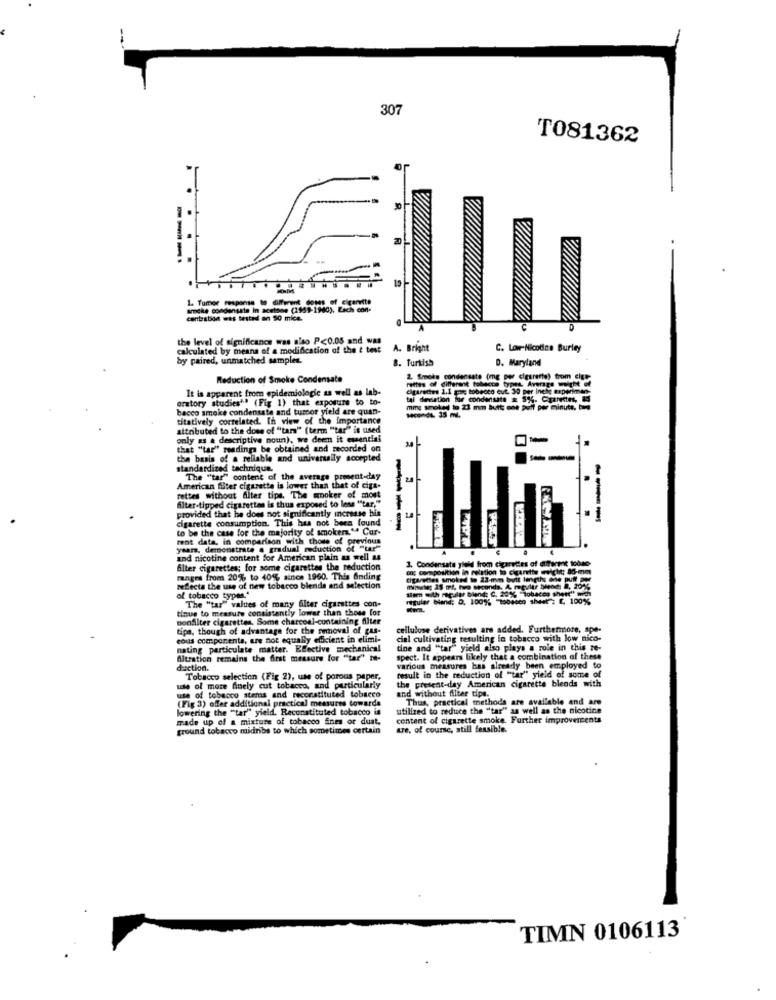
307
T081362
. . . .
---
.
1. Tumor response to different doses of cigarette
arche condensate In acetone (1959-1940). Each con-
centration was tested on 50 mice.
the level of significance was also P<0.05 and was
calculated by means of a modification of the & test A. Bright
A. Bright
C. Low-Nicodice Burley
by paired, unmatched samples.
8. Turkish
D. Maryland
Reduction of Smoke Condensate
rettes of different tobacco types Average ght of
2. Smoke condensate (mg per cigarette) from cige-
It is apparent from epidemiologic as well as lab-
cigarettes 1.1 mg tobecco cut. 30 per inele experimen-
oratory studies"? (Fig 1) that exposure to to-
tai deviation for condeste = 5%. Carentes, as
bacco smoke condensate and tumor yield are quan-
mme smoked to 23 mm butt one puff per minute, berg
titatively correlated. In view of the importance
MICHEL 35 ML
attributed to the dose of "tam" (term "tar" is used
only as a descriptive noun), we deem it essential
-
that "tar" reading be obtained and recorded on
the basis of a reliable and universally accepted
--
standardized technique.
The "tar" content of the average present-day
American filter cigarette is lower than that of cigs-
filter-tipped cigarettes is thus exposed to less "tar,"
rettes without Alter tips. The smoker of most
provided that he does not significantly increase his
cigarette consumption. This has not been found
---
to be the case for the majority of smokers." Car-
rent data, in comparison with those of previous
years, demonstrate @ gradual reduction of "tar"
.
and nicotine content for American plain as well as
3. Condensate yield from cigarettes of different tobse-
filter cigarettes; for some
og composition in relation to cigarette weicht: 85-mm
ranges from 20% to 40% since 1960. This Anding
Cigarettes smoked to 23 mm butt length one pu
reflecta the use of new tobacco blende and selection
Her with recalar blend: C. 20% "Tobaces shett"
of tobacco types."
The "tar" values of many filter cigarettes con-
regular bland; D. 100% "tobacco sheet ; E. 100%%
tinue to measure consistently lower than those for
Bonfilter cigarettes. Some charcoal-containing filter
tips, though of advantage for the removal of gus-
cellulose derivatives are added. Furthermore, spe-
cous components, are not equally efficient in elimi-
cial cultivating resulting in tobacco with low nico-
nating particulate matter. Effective mechanical
tine and "tar" yield also plays a role in this ze-
Altration remains the Arst measure for "tar" me-
spect. It appears likely that a combination of these
duction.
various measures has already been employed to
result in the reduction of "tar" yield of some of
Tobacco selection (Fig 2), use of porous paper,
the present-day American cigarette blends with
uwe of more finely cut tobacco, and particularly
use of tobacco stems and reconstituted tobacco
(Fig 3) offer additional practical measures towards
and without filter tips.
Thus, practical methods are available and are
lowering the "tar" yield. Reconstituted tobacco is
utilized to reduce the "tar" as well as the nicotine
made up of a mixture of tobacco fines or dust.
content of cigarette smoke. Further improvements
ground tobacco midribs to which sometimes certain
ure, of course, still feasible.
TIMN 0106113